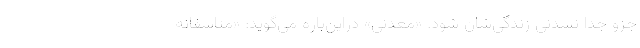
جزو جدا نشدنی زندگی‌شان شود. «معدنی» دراین‌باره می‌گوید: «متاسفانه